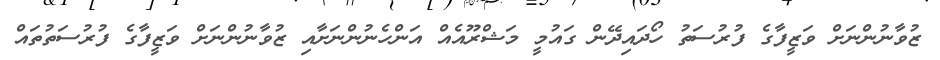
ޒުވާނުންނަށް ވަޒީފާގެ ފުރުސަތު ހޯދައިދޭން ގައުމީ މަޝްރޫއެއް އަންހެނުންނަށާއި ޒުވާނުންނަށް ވަޒީފާގެ ފުރުސަތުތައް